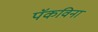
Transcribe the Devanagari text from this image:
पॅकविना